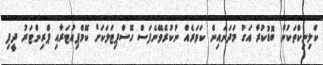
ކްލިނިކްތަކުން ބޮޑުކުރާ އަގު މަދަނައިން ކަވަރެއް ނުކުރެވޭނެފަސް ހޮސްޕިޓަލަކަށް ކޮމްޕިއުޓަރާއި ޕްރިންޓަރު ދީފި